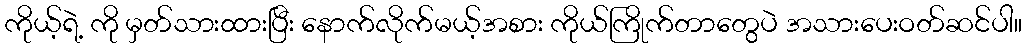
ကိုယ့်ရဲ့ ကို မှတ်သားထားပြီး နောက်လိုက်မယ့်အစား ကိုယ်ကြိုက်တာတွေပဲ အသားပေးဝတ်ဆင်ပါ။